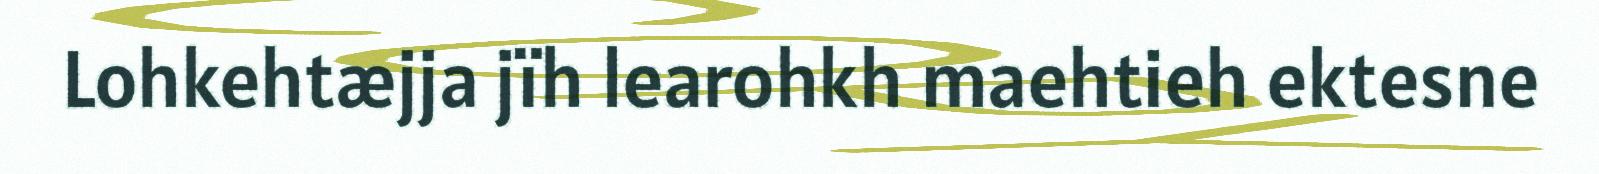
Lohkehtæjja jïh learohkh maehtieh ektesne